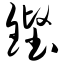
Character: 铿